Civil Veterinary Dept. Assam report 1927-50 - 1927-1950
Year: 1927
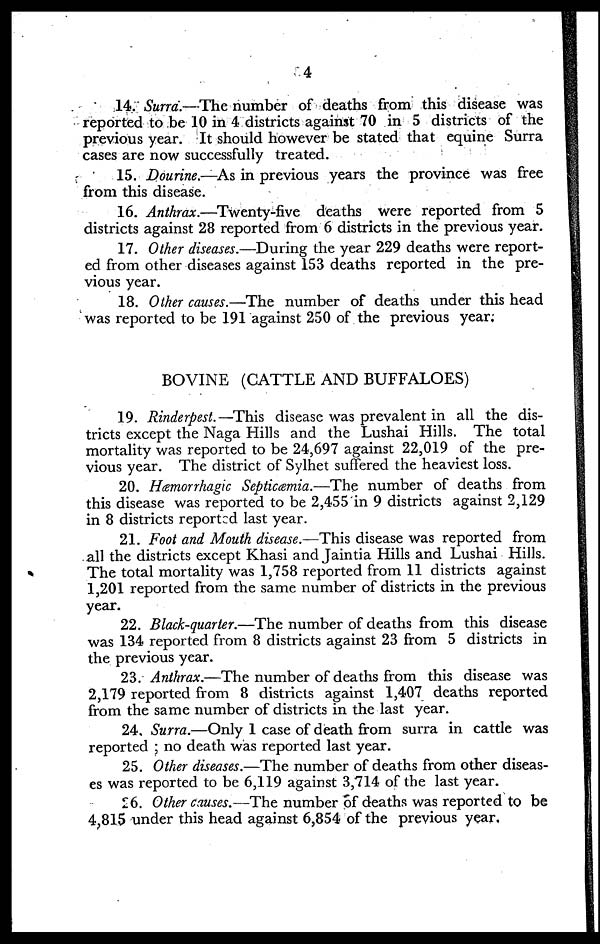
4
14. Surra.—The number of deaths from this disease was
reported to be 10 in 4 districts against 70 in 5 districts of the
previous year. It should however be stated that equine Surra
cases are now successfully treated.
15. Dourine.—As in previous years the province was free
from this disease.
16. Anthrax.—Twenty-five deaths were reported from 5
districts against 28 reported from 6 districts in the previous year.
17. Other diseases.—During the year 229 deaths were report-
ed from other diseases against 153 deaths reported in the pre-
vious year.
18. Other causes.—The number of deaths under this head
was reported to be 191 against 250 of the previous year;
BOVINE (CATTLE AND BUFFALOES)
19. Rinderpest.—This disease was prevalent in all the dis-
tricts except the Naga Hills and the Lushai Hills. The total
mortality was reported to be 24,697 against 22,019 of the pre-
vious year. The district of Sylhet suffered the heaviest loss.
20. Hæmorrhagic Septicæmia.—The number of deaths from
this disease was reported to be 2,455 in 9 districts against 2,129
in 8 districts reported last year.
21. Foot and Mouth disease.—This disease was reported from
all the districts except Khasi and Jaintia Hills and Lushai Hills.
The total mortality was 1,758 reported from 11 districts against
1,201 reported from the same number of districts in the previous
year.
22. Black-quarter.—The number of deaths from this disease
was 134 reported from 8 districts against 23 from 5 districts in
the previous year.
23. Anthrax.—The number of deaths from this disease was
2,179 reported from 8 districts against 1,407 deaths reported
from the same number of districts in the last year.
24. Surra.—Only 1 case of death from surra in cattle was
reported ; no death was reported last year.
25. Other diseases.—The number of deaths from other diseas-
es was reported to be 6,119 against 3,714 of the last year.
26. Other causes.—The number of deaths was reported to be
+4,815 under this head against 6,854 of the previous year.